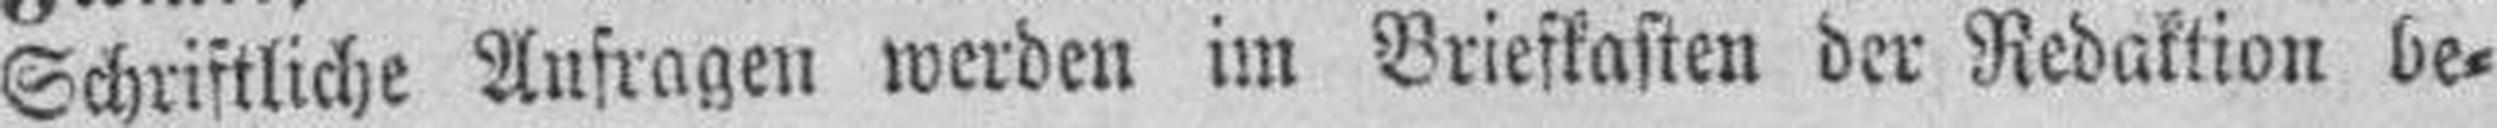
Schriftliche Aufragen werden im Briefkasten der Redaktion be¬